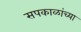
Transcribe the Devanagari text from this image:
सपकाळांच्या